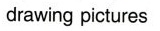
drawing pictures